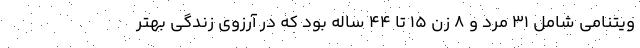
ویتنامی شامل ۳۱ مرد و ۸ زن ۱۵ تا ۴۴ ساله بود که در آرزوی زندگی بهتر